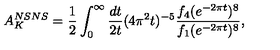
A _ { K } ^ { N S N S } = { \frac { 1 } { 2 } } \int _ { 0 } ^ { \infty } { \frac { d t } { 2 t } } ( 4 \pi ^ { 2 } t ) ^ { - 5 } { \frac { f _ { 4 } ( e ^ { - 2 \pi t } ) ^ { 8 } } { f _ { 1 } ( e ^ { - 2 \pi t } ) ^ { 8 } } } ,